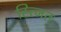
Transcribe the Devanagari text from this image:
स्त्जित